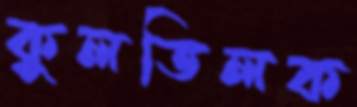
কুলতিলক